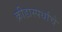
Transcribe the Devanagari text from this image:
क्रीडास्पर्धांचे